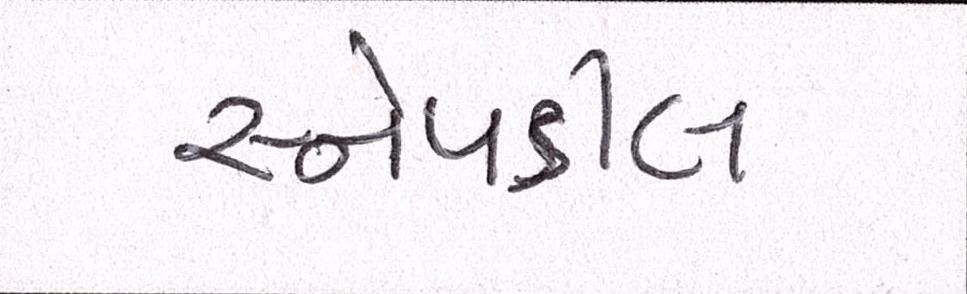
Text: સ્નેપડીલ